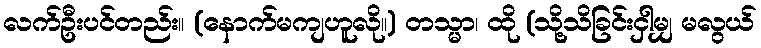
လက်ဦးပင်တည်း။ (နောက်မကျဟူလို။) တသ္မာ၊ ထို (သို့သိခြင်းငှါမျှ မလွယ်